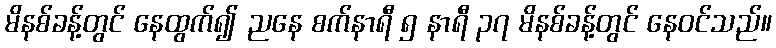
မိနစ်ခန့်တွင် နေထွက်၍ ညနေ စက်နာရီ ၅ နာရီ ၃၇ မိနစ်ခန့်တွင် နေဝင်သည်။